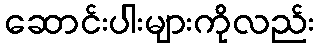
ဆောင်းပါးများကိုလည်း